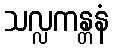
သလ္လကန္တနံ